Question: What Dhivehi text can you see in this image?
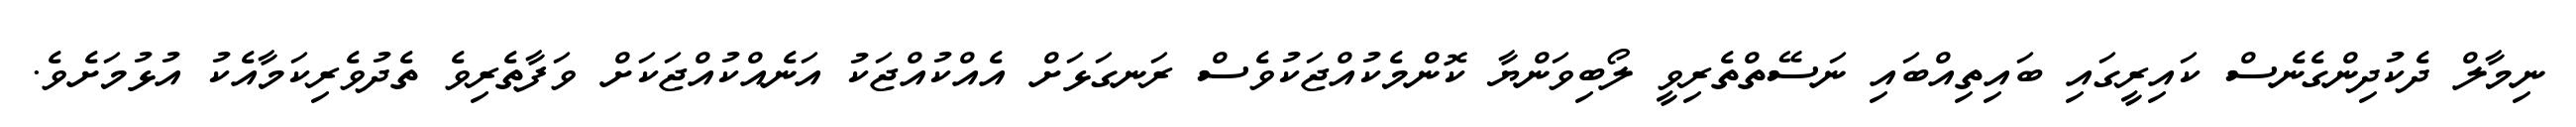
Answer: ނިމާލް ދެކުދިންގެނެސް ކައިރީގައި ބައިތިއްބައި ނަސޭތްތެރިވީ ލޯބިވަންޔާ ކޮންމެކުއްޖަކުވެސް ރަނގަޅަށް އެއްކުއްޖަކު އަނެއްކުއްޖަކަށް ވަފާތެރިވެ ތެދުވެރިކަމާއެކު އުޅުމަށެވެ.